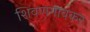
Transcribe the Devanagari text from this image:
शिवणगावकर